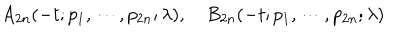
A _ { 2 n } ( - t ; p _ { 1 } , \cdots , p _ { 2 n } ; \lambda ) , \quad B _ { 2 n } ( - t ; p _ { 1 } , \cdots , p _ { 2 n } ; \lambda )